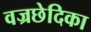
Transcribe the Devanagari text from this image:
वज्रछेदिका